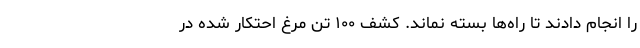
را انجام دادند تا راه‌ها بسته نماند. کشف ۱۰۰ تن مرغ احتکار شده در